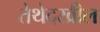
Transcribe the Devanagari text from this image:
तेथेदखील